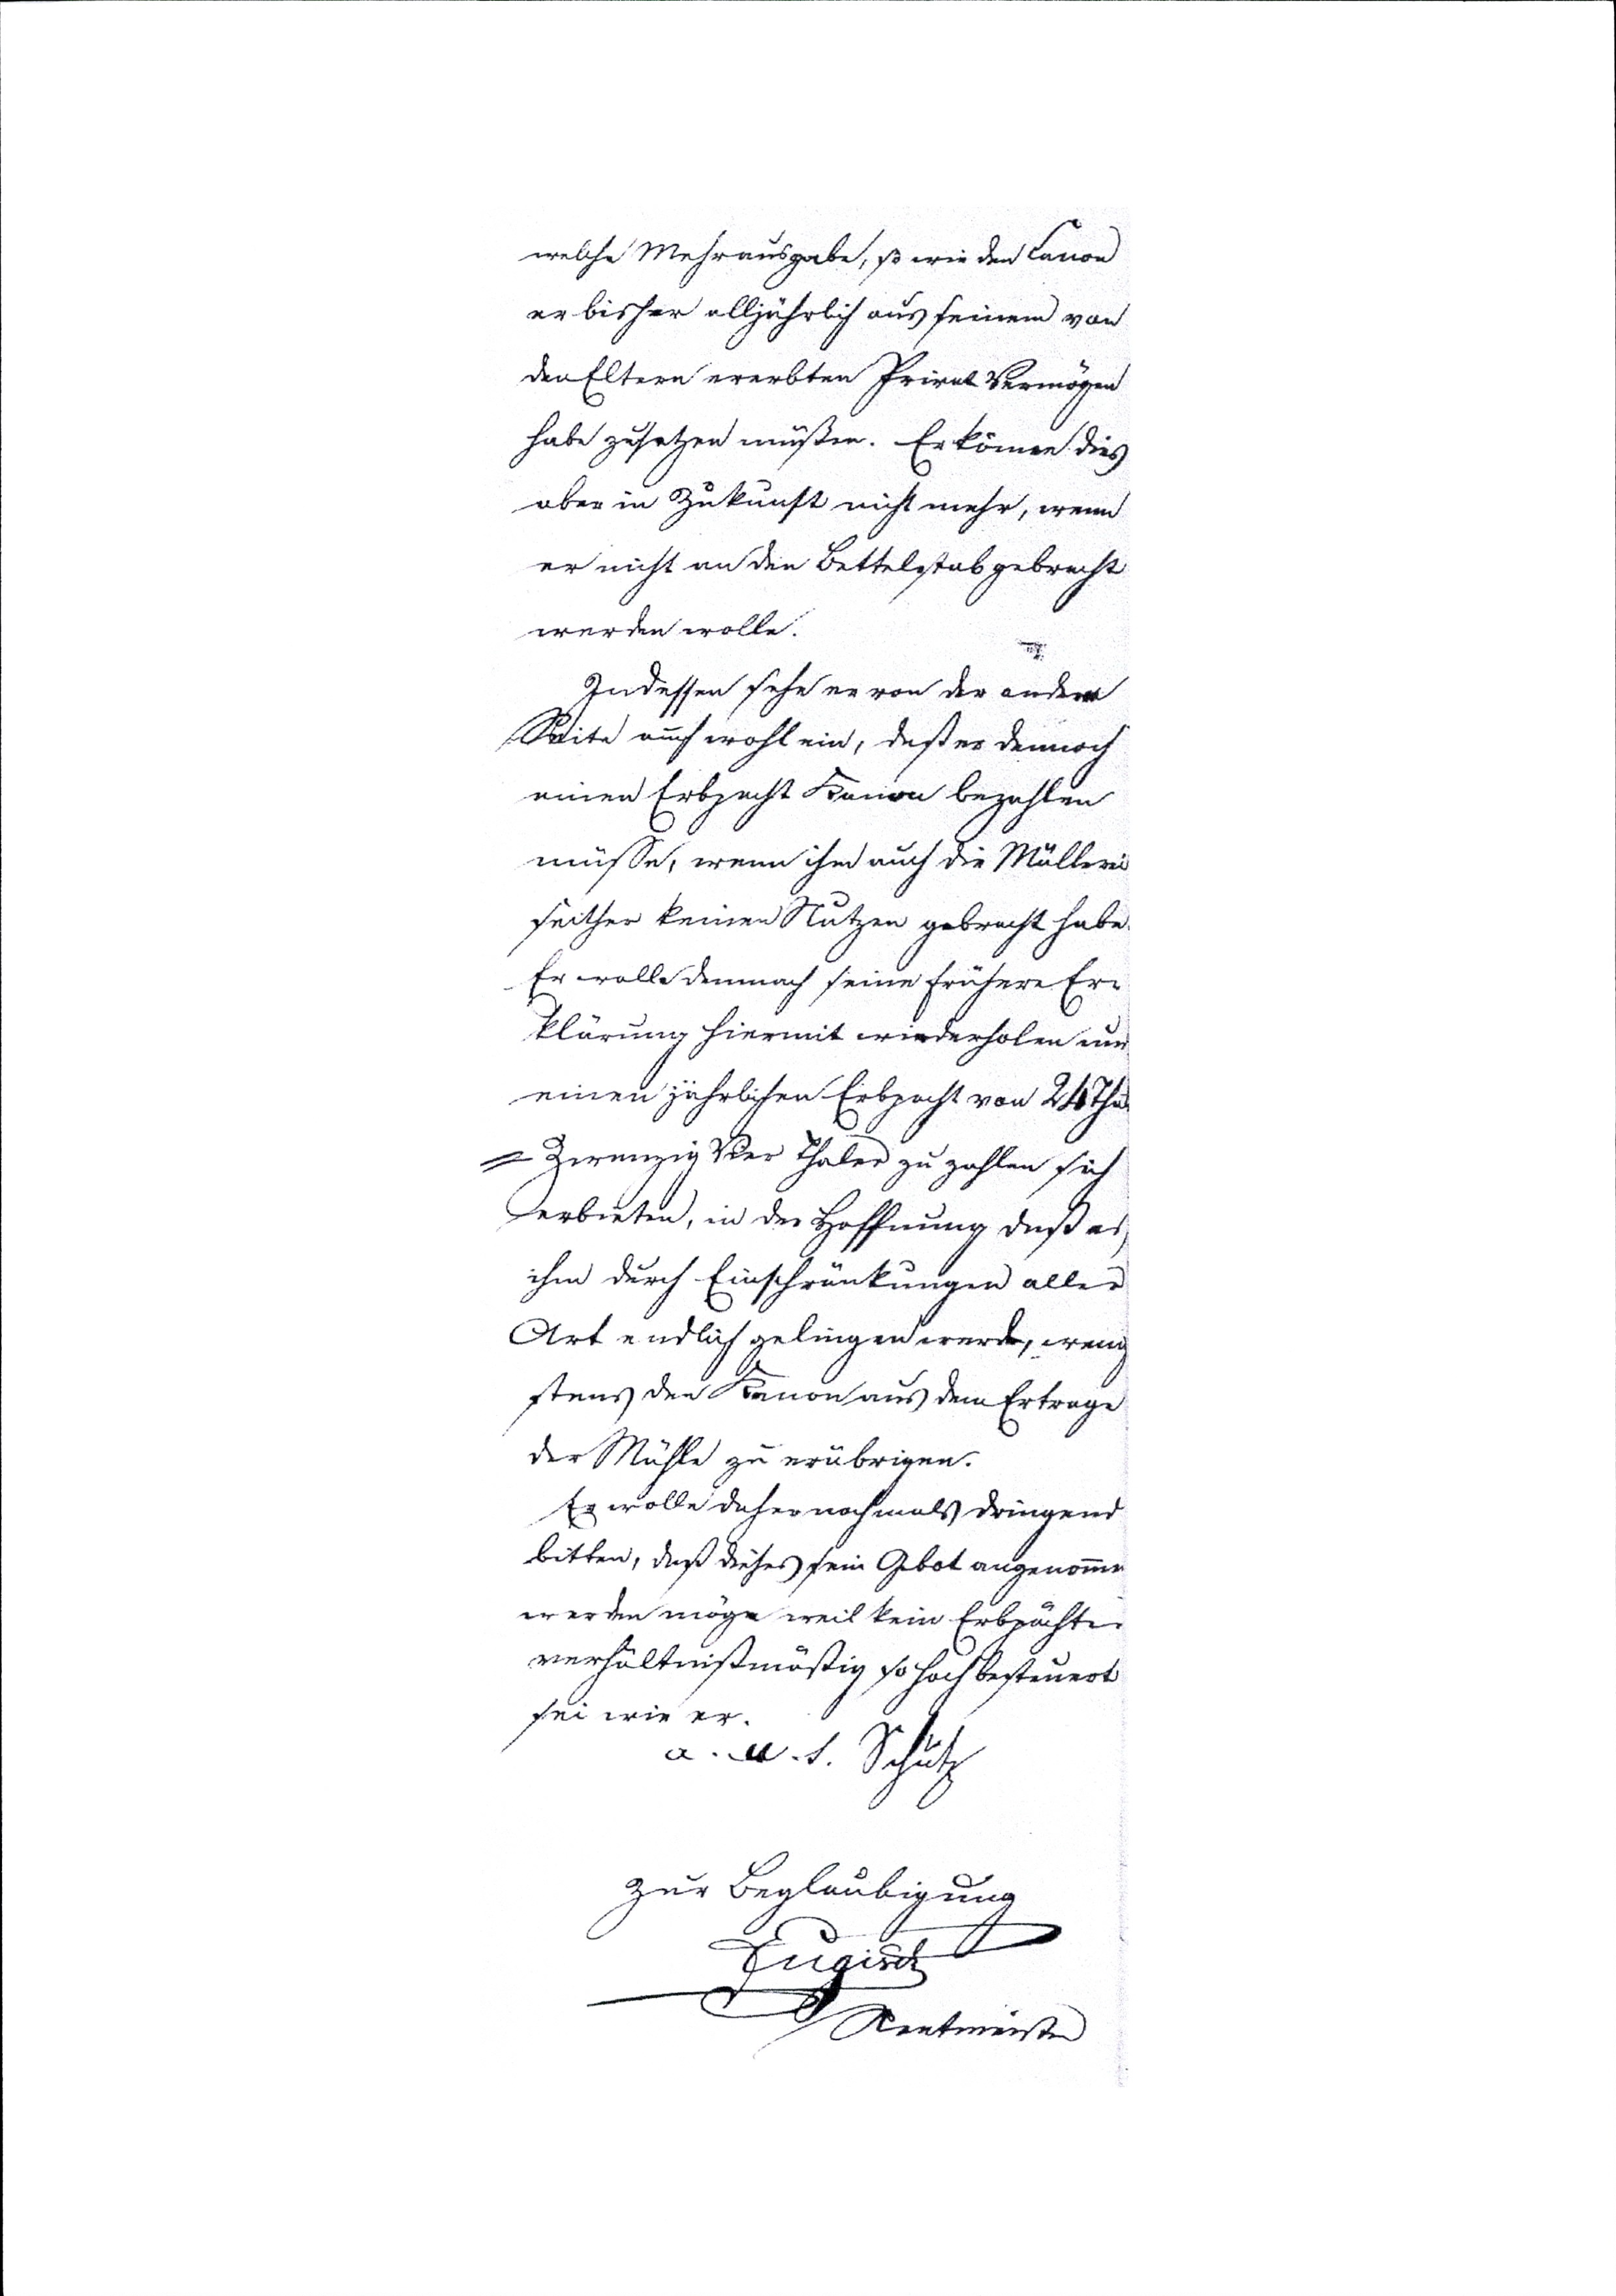
welche Mehrausgabe, so wie den Canon
er bisher alljährlich aus seinem von
den Eltern ererbten Privat Vermögen
habe zusetzen müßen. Er könne dies
aber in Zukunft nicht mehr, wenn
er nicht an den Bettelstab gebracht
werden wolle.
Indessen sehe er von der andern
Seite auch wohl ein, daß er dennoch
einen Erbpacht Kanon bezahlen
müsse, wenn ihm auch die Müllerei
seither keinen Nutzen  gebracht habe.
Er wolle dennoch seine früheren Er¬
klärungen hiermit wiederholen um
einen jährlichen Erbpacht von 24 Thal
= Zwanzig Vier Thaler zu zahlen sich
erbieten, in der Hoffnung daß es
ihn durch Einschränkungen aller
Art endlich gelingen werde, wenig¬
stens den Kanon aus dem Ertrage
der Mühle zu erübrigen.
Er wolle daher nochmals dringend
bitten, daß dieses sein Gebot angenommen
werden möge weil kein Erbpächter
verhältnißmäßig so hoch besteuert
sei wie er.
a. n. t. Schütz
zur Beglaubigung
Engisch
Rentmeister